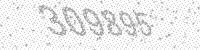
Solution: 309895